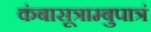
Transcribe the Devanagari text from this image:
कंबासूत्राम्बुपात्रं